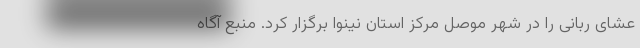
عشای ربانی را در شهر موصل مرکز استان نینوا برگزار کرد. منبع آگاه